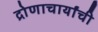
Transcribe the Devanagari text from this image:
द्रोणाचार्यांची